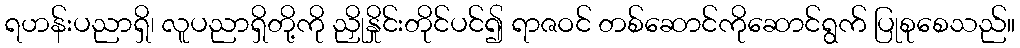
ရဟန်းပညာရှိ၊ လူပညာရှိတို့ကို ညှိုနှိုင်းတိုင်ပင်၍ ရာဇဝင် တစ်ဆောင်ကိုဆောင်ရွက် ပြုစုစေသည်။